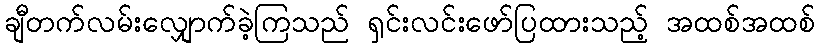
ချီတက်လမ်းလျှောက်ခဲ့ကြသည် ရှင်းလင်းဖော်ပြထားသည့် အထစ်အထစ်